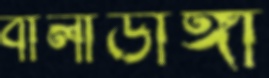
বালাডাঙ্গা